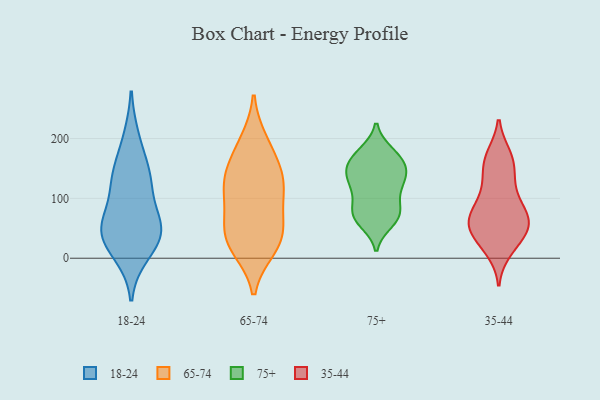
{"axis": {"x": "Shipments", "y": "Value"}, "legend": ["18-24", "35-44", "65-74", "75+"], "data": [{"x": "", "y": 55, "type": "18-24"}, {"x": "", "y": 48, "type": "18-24"}, {"x": "", "y": 130, "type": "18-24"}, {"x": "", "y": 10, "type": "18-24"}, {"x": "", "y": 44, "type": "18-24"}, {"x": "", "y": 134, "type": "18-24"}, {"x": "", "y": 198, "type": "18-24"}, {"x": "", "y": 33, "type": "18-24"}, {"x": "", "y": 134, "type": "18-24"}, {"x": "", "y": 57, "type": "18-24"}, {"x": "", "y": 64, "type": "65-74"}, {"x": "", "y": 85, "type": "65-74"}, {"x": "", "y": 179, "type": "65-74"}, {"x": "", "y": 18, "type": "65-74"}, {"x": "", "y": 121, "type": "65-74"}, {"x": "", "y": 42, "type": "65-74"}, {"x": "", "y": 25, "type": "65-74"}, {"x": "", "y": 135, "type": "65-74"}, {"x": "", "y": 136, "type": "65-74"}, {"x": "", "y": 123, "type": "65-74"}, {"x": "", "y": 194, "type": "65-74"}, {"x": "", "y": 31, "type": "65-74"}, {"x": "", "y": 112, "type": "75+"}, {"x": "", "y": 160, "type": "75+"}, {"x": "", "y": 73, "type": "75+"}, {"x": "", "y": 78, "type": "75+"}, {"x": "", "y": 177, "type": "75+"}, {"x": "", "y": 150, "type": "75+"}, {"x": "", "y": 76, "type": "75+"}, {"x": "", "y": 122, "type": "75+"}, {"x": "", "y": 65, "type": "75+"}, {"x": "", "y": 138, "type": "75+"}, {"x": "", "y": 60, "type": "75+"}, {"x": "", "y": 122, "type": "75+"}, {"x": "", "y": 99, "type": "75+"}, {"x": "", "y": 176, "type": "75+"}, {"x": "", "y": 136, "type": "75+"}, {"x": "", "y": 172, "type": "75+"}, {"x": "", "y": 146, "type": "75+"}, {"x": "", "y": 153, "type": "75+"}, {"x": "", "y": 69, "type": "75+"}, {"x": "", "y": 25, "type": "35-44"}, {"x": "", "y": 149, "type": "35-44"}, {"x": "", "y": 68, "type": "35-44"}, {"x": "", "y": 109, "type": "35-44"}, {"x": "", "y": 136, "type": "35-44"}, {"x": "", "y": 61, "type": "35-44"}, {"x": "", "y": 66, "type": "35-44"}, {"x": "", "y": 171, "type": "35-44"}, {"x": "", "y": 170, "type": "35-44"}, {"x": "", "y": 89, "type": "35-44"}, {"x": "", "y": 39, "type": "35-44"}, {"x": "", "y": 14, "type": "35-44"}, {"x": "", "y": 107, "type": "35-44"}, {"x": "", "y": 27, "type": "35-44"}, {"x": "", "y": 55, "type": "35-44"}, {"x": "", "y": 61, "type": "35-44"}, {"x": "", "y": 63, "type": "35-44"}, {"x": "", "y": 60, "type": "35-44"}, {"x": "", "y": 163, "type": "35-44"}]}